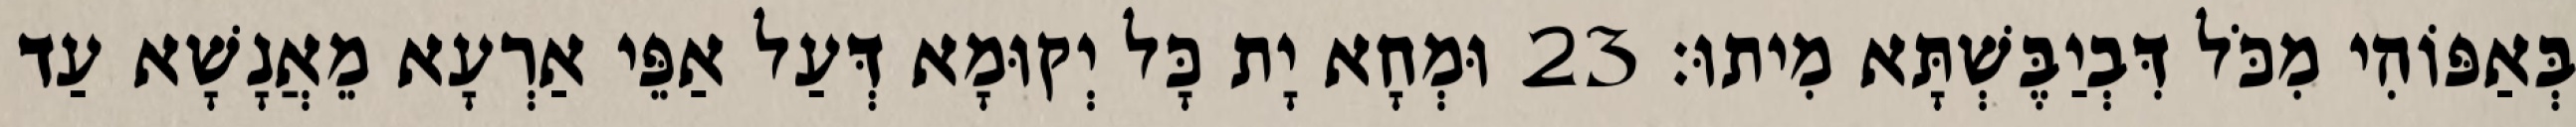
בְּאַפּוֹהִי מִכֹּל דִּבְיַבֶּשְׁתָּא מִיתוּ׃ 23 וּמְחָא יָת כָּל יְקוּמָא דְּעַל אַפֵּי אַרְעָא מֵאֲנָשָׁא עַד